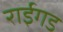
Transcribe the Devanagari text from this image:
राईगड